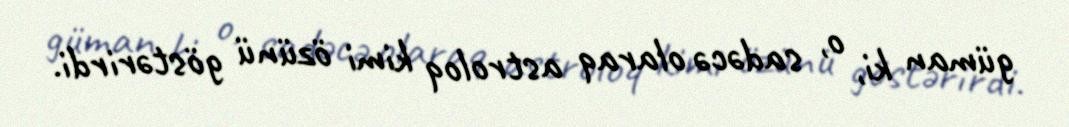
güman ki, o, sadəcə olaraq astroloq kimi özünü göstərirdi.